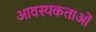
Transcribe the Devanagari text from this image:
आवस्यकताओं